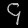
Digit: ၄